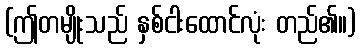
(ဤတမျိုးသည် နှစ်ငါးထောင်လုံး တည်၏။)